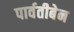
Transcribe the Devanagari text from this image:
पार्वतीबेन